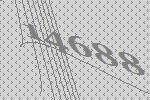
14688